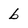
Character: b